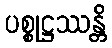
ပစ္စုဋ္ဌဿန္တိ